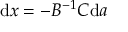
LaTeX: { \mathrm { d } } x = - B ^ { - 1 } C { \mathrm { d } } a